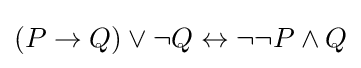
\left(P\rightarrow Q\right)\lor \lnot Q\leftrightarrow \lnot \lnot P\land Q